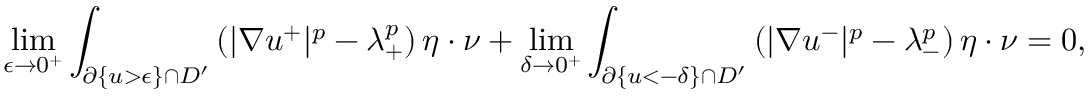
\operatorname* { l i m } _ { \epsilon \to 0 ^ { + } } \int _ { \partial \{ u > \epsilon \} \cap D ^ { \prime } } \left( | \nabla u ^ { + } | ^ { p } - \lambda _ { + } ^ { p } \right) \eta \cdot \nu + \operatorname* { l i m } _ { \delta \to 0 ^ { + } } \int _ { \partial \{ u < - \delta \} \cap D ^ { \prime } } \left( | \nabla u ^ { - } | ^ { p } - \lambda _ { - } ^ { p } \right) \eta \cdot \nu = 0 ,